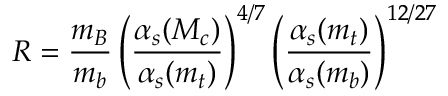
R = \frac { m _ { B } } { m _ { b } } \left( \frac { \alpha _ { s } ( M _ { c } ) } { \alpha _ { s } ( m _ { t } ) } \right) ^ { 4 / 7 } \left( \frac { \alpha _ { s } ( m _ { t } ) } { \alpha _ { s } ( m _ { b } ) } \right) ^ { 1 2 / 2 7 }